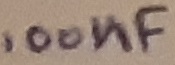
Text: 100µF